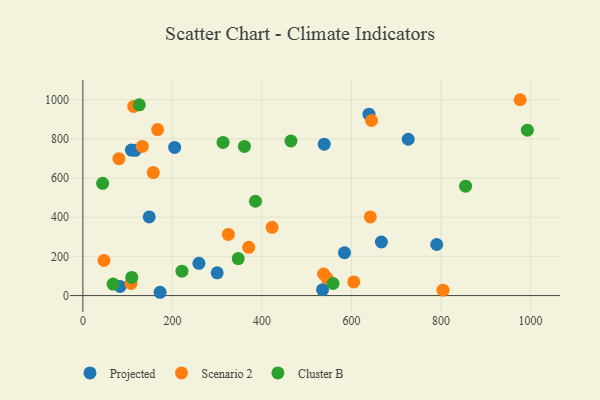
{"axis": {"x": "Study Hours", "y": "Rating"}, "legend": ["Cluster B", "Projected", "Scenario 2"], "data": [{"x": "639.2", "y": 925.9, "type": "Projected"}, {"x": "790.5", "y": 260.6, "type": "Projected"}, {"x": "726.9", "y": 797.7, "type": "Projected"}, {"x": "535.5", "y": 29.7, "type": "Projected"}, {"x": "584.5", "y": 218.8, "type": "Projected"}, {"x": "205.0", "y": 755.8, "type": "Projected"}, {"x": "108.4", "y": 742.4, "type": "Projected"}, {"x": "116.9", "y": 741.3, "type": "Projected"}, {"x": "259.3", "y": 164.6, "type": "Projected"}, {"x": "539.2", "y": 772.7, "type": "Projected"}, {"x": "148.2", "y": 401.6, "type": "Projected"}, {"x": "300.0", "y": 116.0, "type": "Projected"}, {"x": "83.1", "y": 47.0, "type": "Projected"}, {"x": "666.9", "y": 273.4, "type": "Projected"}, {"x": "172.5", "y": 16.9, "type": "Projected"}, {"x": "167.0", "y": 847.3, "type": "Scenario 2"}, {"x": "977.0", "y": 999.4, "type": "Scenario 2"}, {"x": "132.8", "y": 760.9, "type": "Scenario 2"}, {"x": "157.3", "y": 627.9, "type": "Scenario 2"}, {"x": "47.1", "y": 179.0, "type": "Scenario 2"}, {"x": "804.7", "y": 27.5, "type": "Scenario 2"}, {"x": "325.0", "y": 312.1, "type": "Scenario 2"}, {"x": "113.5", "y": 965.2, "type": "Scenario 2"}, {"x": "370.5", "y": 246.3, "type": "Scenario 2"}, {"x": "80.5", "y": 698.8, "type": "Scenario 2"}, {"x": "545.2", "y": 89.4, "type": "Scenario 2"}, {"x": "642.2", "y": 401.2, "type": "Scenario 2"}, {"x": "644.9", "y": 893.3, "type": "Scenario 2"}, {"x": "537.8", "y": 110.1, "type": "Scenario 2"}, {"x": "107.6", "y": 62.3, "type": "Scenario 2"}, {"x": "422.7", "y": 348.4, "type": "Scenario 2"}, {"x": "605.2", "y": 69.9, "type": "Scenario 2"}, {"x": "67.5", "y": 58.6, "type": "Cluster B"}, {"x": "109.2", "y": 92.9, "type": "Cluster B"}, {"x": "855.0", "y": 558.1, "type": "Cluster B"}, {"x": "385.6", "y": 481.3, "type": "Cluster B"}, {"x": "126.0", "y": 973.4, "type": "Cluster B"}, {"x": "313.1", "y": 781.4, "type": "Cluster B"}, {"x": "559.0", "y": 61.7, "type": "Cluster B"}, {"x": "221.3", "y": 124.6, "type": "Cluster B"}, {"x": "347.1", "y": 189.1, "type": "Cluster B"}, {"x": "993.1", "y": 843.8, "type": "Cluster B"}, {"x": "44.1", "y": 572.7, "type": "Cluster B"}, {"x": "360.9", "y": 761.3, "type": "Cluster B"}, {"x": "464.8", "y": 788.7, "type": "Cluster B"}]}